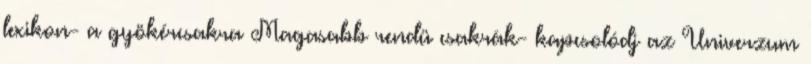
lexikon- a gyökércsakra Magasabb rendü csakrák- kapcsolódj az Univerzum